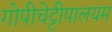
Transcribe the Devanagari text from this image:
गोपीचेट्टीपालयम